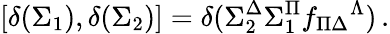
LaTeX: {}[\delta(\Sigma_{1}),\delta(\Sigma_{2})]=\delta(\Sigma_{2}^{\Delta}\Sigma_{1}^{\Pi}f_{\Pi\Delta}{}^{\Lambda})\, .